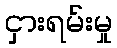
ငှားရမ်းမှု